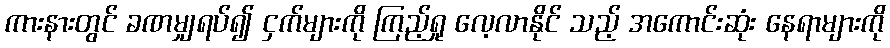
ကားနားတွင် ခဏမျှရပ်၍ ငှက်များကို ကြည့်ရှု လေ့လာနိုင် သည့် အကောင်းဆုံး နေရာများကို